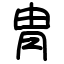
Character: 冑